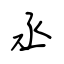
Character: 丞